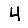
Digit: 4